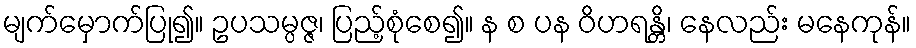
မျက်မှောက်ပြု၍။ ဥပသမ္ပဇ္ဇ၊ ပြည့်စုံစေ၍။ န စ ပန ဝိဟရန္တိ၊ နေလည်း မနေကုန်။